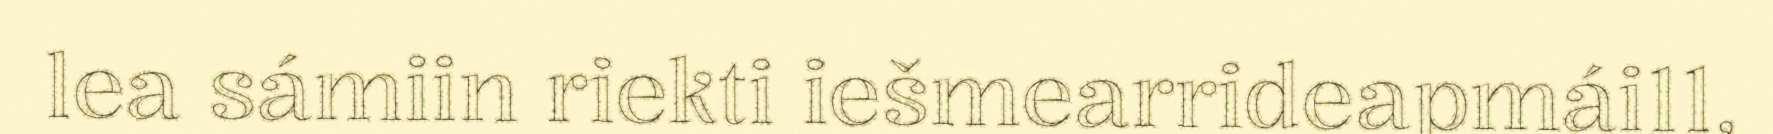
lea sámiin riekti iešmearrideapmái11,